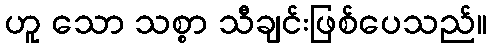
ဟူ သော သစ္စာ သီချင်းဖြစ်ပေသည်။